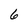
Character: 6